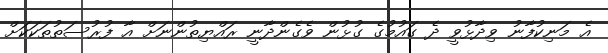
އެ މަނިކުފާނު ވިދާޅުވީ ދެ ގައުމުގެ ގުޅުން ވެގެންދާނީ ރައްޔިތުންނަށް އާ ފުރުސަތުތަކަކަށް